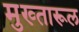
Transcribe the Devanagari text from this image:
मुख्तारूल